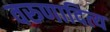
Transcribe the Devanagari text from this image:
वरुणादित्य